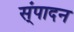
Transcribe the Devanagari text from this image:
स्ंपादन